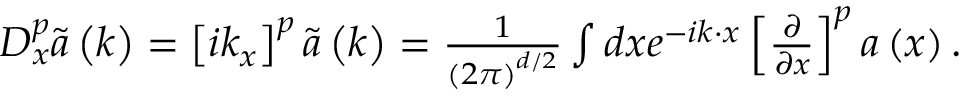
\begin{array} { r } { D _ { x } ^ { p } \tilde { \boldsymbol { a } } \left( \boldsymbol { k } \right) = \left[ i k _ { x } \right] ^ { p } \tilde { \boldsymbol { a } } \left( \boldsymbol { k } \right) = \frac { 1 } { \left( 2 \pi \right) ^ { d / 2 } } \int d \boldsymbol { x } e ^ { - i \boldsymbol { k } \cdot \boldsymbol { x } } \left[ \frac { \partial } { \partial x } \right] ^ { p } \boldsymbol { a } \left( \boldsymbol { x } \right) . } \end{array}